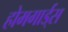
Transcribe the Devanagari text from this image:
होमगार्ड्‌स